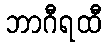
ဘာဂီရထီ